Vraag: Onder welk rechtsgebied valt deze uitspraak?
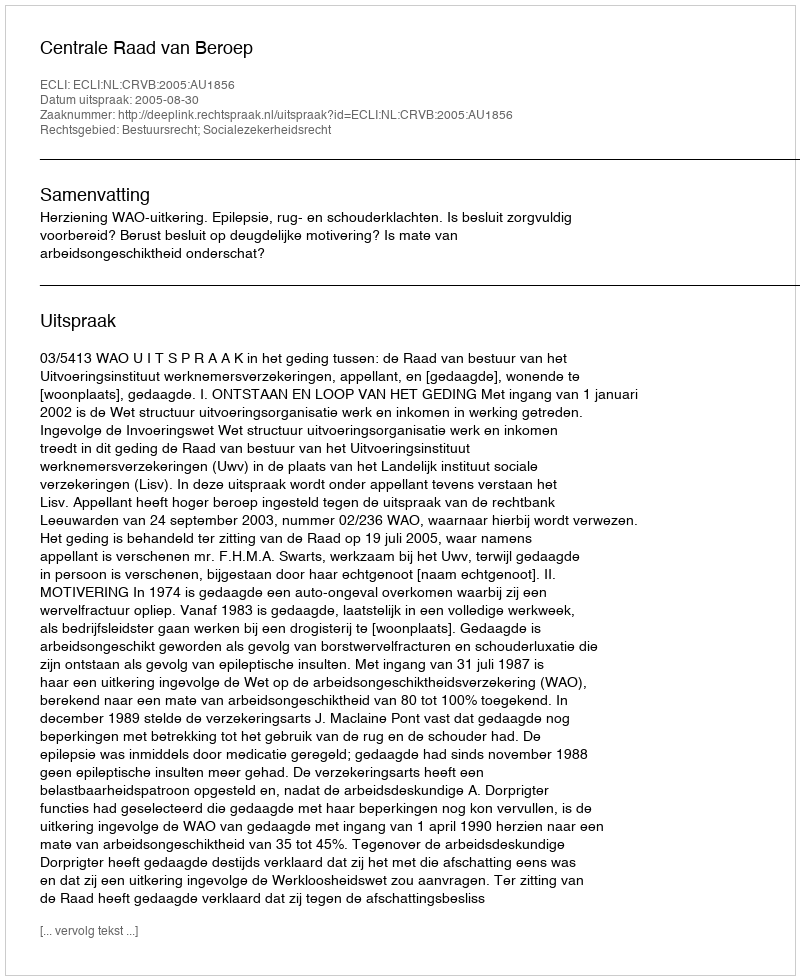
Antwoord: Bestuursrecht; Socialezekerheidsrecht